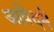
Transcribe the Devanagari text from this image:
आवेदने